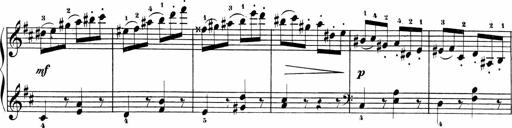
Title: Sonatinen Op.47, 98 und 136, nebst 6 Liedersonatinen
Composer: Carl Reinecke